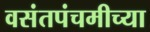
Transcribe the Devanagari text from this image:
वसंतपंचमीच्या